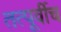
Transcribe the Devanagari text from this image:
तत्पूर्वीच